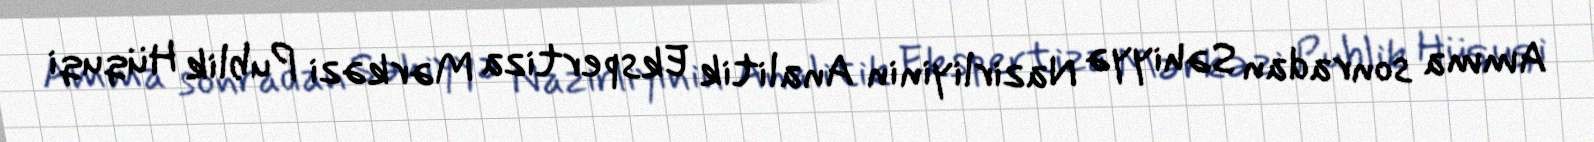
Amma sonradan Səhiyyə Nazirliyinin Analitik Ekspertiza Mərkəzi Publik Hüquqi